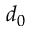
d _ { 0 }